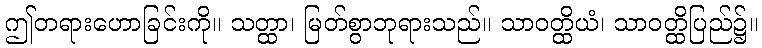
ဤတရားဟောခြင်းကို။ သတ္ထာ၊ မြတ်စွာဘုရားသည်။ သာဝတ္ထိယံ၊ သာဝတ္ထိပြည်၌။